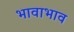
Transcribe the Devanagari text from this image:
भावाभाव